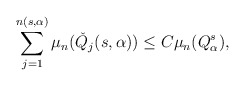
\begin{align*}\sum\limits_{j=1}^{n(s,\alpha)}\mu_{n}(\check{Q}_{j}(s,\alpha)) \le C \mu_{n}(Q^{s}_{\alpha}),\end{align*}